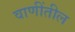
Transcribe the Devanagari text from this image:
वाणींतील